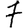
Digit: 7